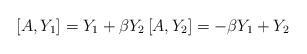
LaTeX: \begin{align*}\left[ A,Y_{1}\right] =Y_{1}+\beta Y_{2}\left[ A,Y_{2}\right]=-\beta Y_{1}+Y_{2}\end{align*}